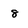
Character: 8